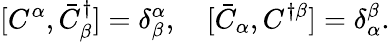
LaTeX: [C^{\alpha},\bar{C}_{\beta}^{\dagger}]=\delta_{\beta}^{\alpha},\quad[\bar{C}_{\alpha},C^{\dagger\beta}]=\delta_{\alpha}^{\beta}.